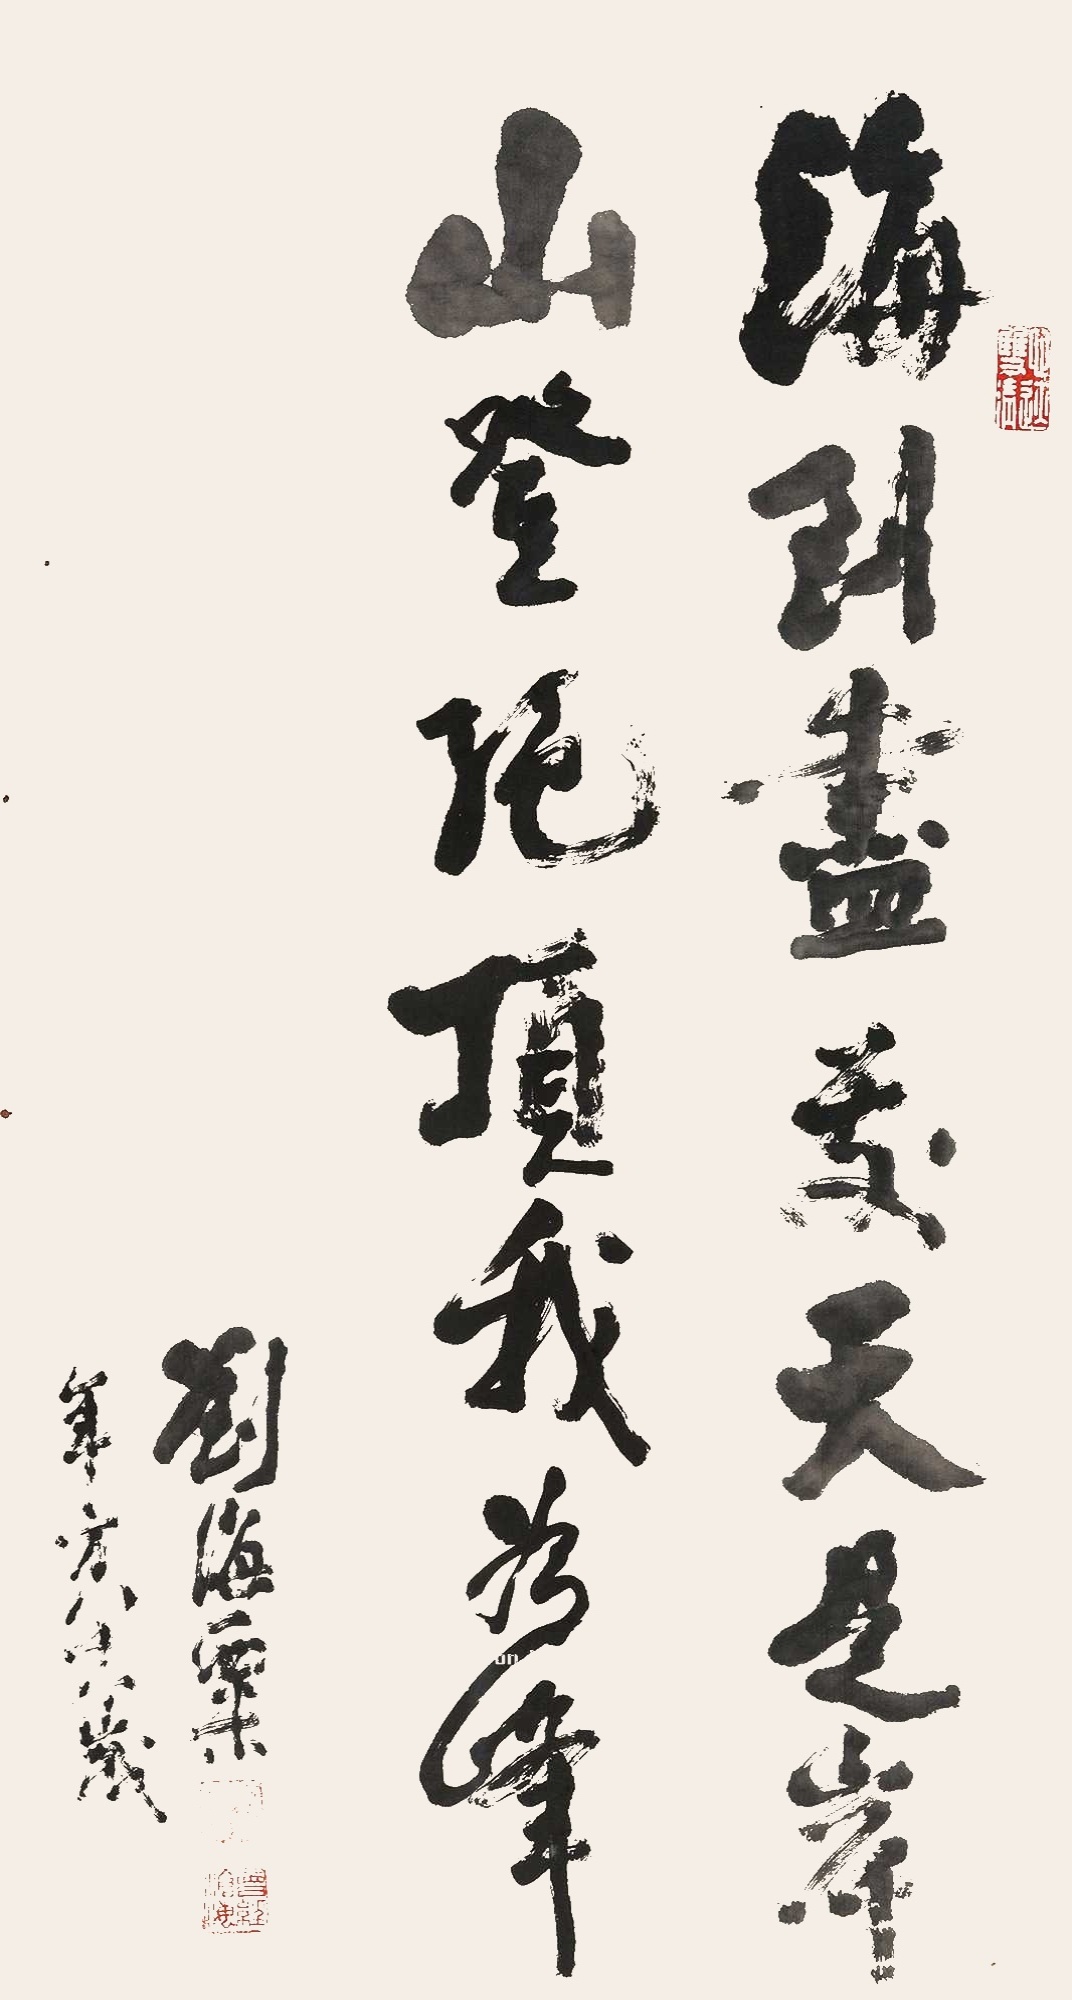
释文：海到尽处天是岸，山登绝顶我为峰。刘海粟，年方八十六岁。